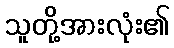
သူတို့အားလုံး၏